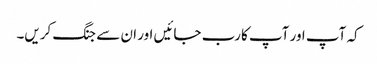
کہ آپ اور آپ کا رب جائیں اور ان سے جنگ کریں۔